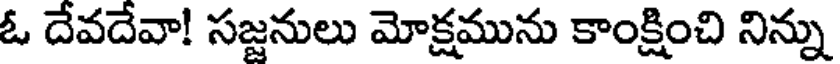
ఓ దేవదేవా! సజ్జనులు మోక్షమును కాంక్షించి నిన్ను